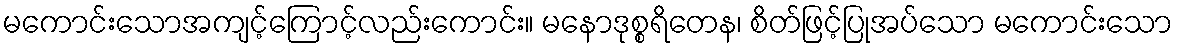
မကောင်းသောအကျင့်ကြောင့်လည်းကောင်း။ မနောဒုစ္စရိတေန၊ စိတ်ဖြင့်ပြုအပ်သော မကောင်းသော